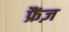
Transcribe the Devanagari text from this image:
फ्रैंज़